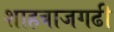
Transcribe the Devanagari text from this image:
शाहबाजगढी